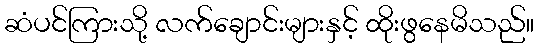
ဆံပင်ကြားသို့ လက်ချောင်းများနှင့် ထိုးဖွနေမိသည်။